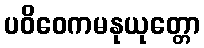
ပဝိဝေကမနုယုတ္တော